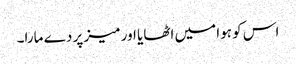
اس کو ہوا میں اٹھایا اور میز پر دے مارا۔